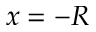
x = - R